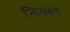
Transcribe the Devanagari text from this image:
त्यिक्को